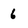
Character: 6